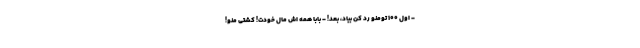
- اول 100 تومنو رد کن بیاد، بعد! - بابا همه ­اش مال خودت! کشتی منو!